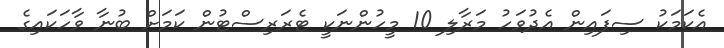
އެކަމަކު ސިފައިން އެދުވަހު މަރާލި 10 މީހުންނަކީ ޓެރަރިސްޓުން ކަމަށް ބުނާ ވާހަކައިގެ